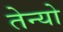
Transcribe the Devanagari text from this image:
तेन्यो